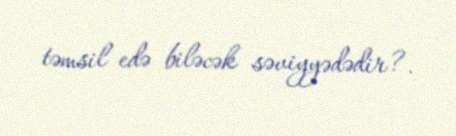
təmsil edə biləcək səviyyədədir?.